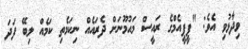
ވިދާޅުވި އެވެ: "ޕީޕީއެމްގެ ރައީސް މައުމޫނަށް ދެރައެއް ނިކަމެތި ކަމެއް ލިބޭ ފަދަ